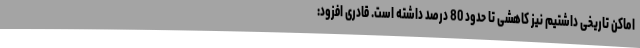
اماکن تاریخی داشتیم نیز کاهشی تا حدود 80 درصد داشته است. قادری افزود: